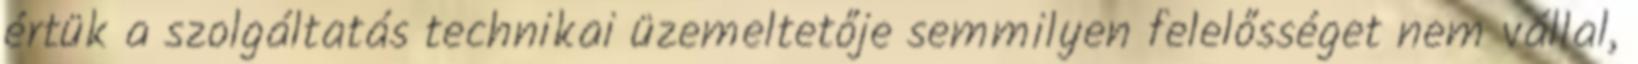
értük a szolgáltatás technikai üzemeltetője semmilyen felelősséget nem vállal,